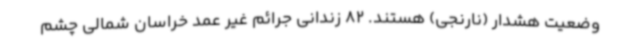
وضعیت هشدار (نارنجی) هستند. 82 زندانی جرائم غیر عمد خراسان شمالی چشم